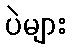
ပဲများ